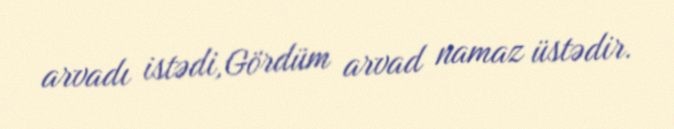
arvadı istədi,Gördüm arvad namaz üstədir.